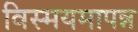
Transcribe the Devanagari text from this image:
विस्मयमापन्न